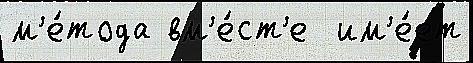
м'е́тода вм'е́ст'е  им'е́ет